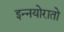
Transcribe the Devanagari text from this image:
इन्नयोरातो